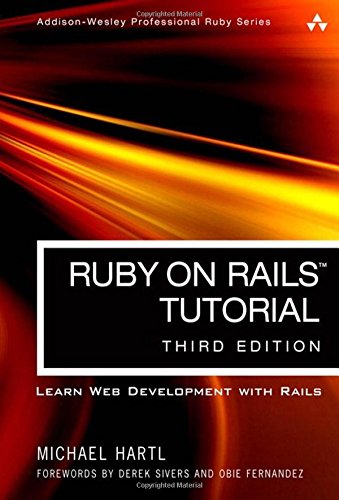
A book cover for Ruby on Rails Tutorial: Learn Web Development with Rails (3rd Edition) (Addison-Wesley Professional Ruby Series); Michael Hartl; Computers & Technology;